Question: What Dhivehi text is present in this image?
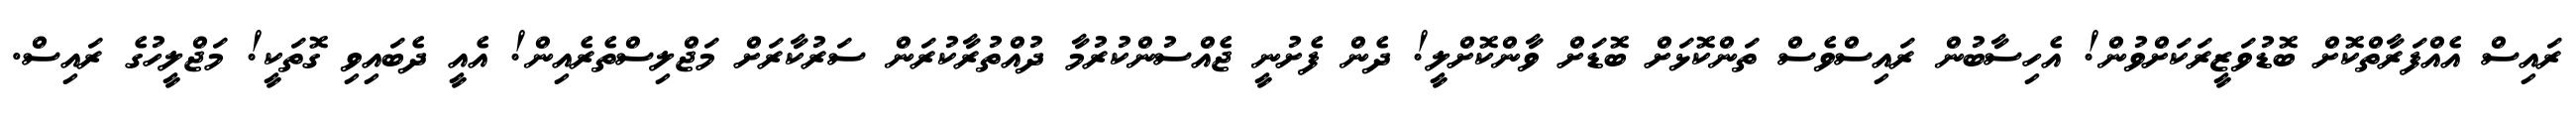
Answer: ރައިސް އެއްފަރާތްކޮށް ބޮޑުވަޒީރަކަށްވުން! އެހިސާބުން ރައިސްވެސް ތަންކޮޅަށް ބޮޑަށް ވާންކޮށްލީ! ދެން ފެށުނީ ޖެއްސުންކުރުމާ ދުއްތުރާކުރަން ސަރުކާރަށް މަޖްލިސްތެރެއިން! އެއީ ދެބައިވި ގޮތަކީ! މަޖްލީހުގެ ރައިސް.